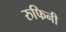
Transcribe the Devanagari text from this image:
रुफिनी